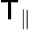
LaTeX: \mathsf{T}_{\parallel}